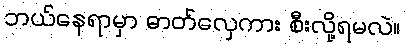
ဘယ်နေရာမှာ ဓာတ်လှေကား စီးလို့ရမလဲ။